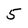
Character: 5